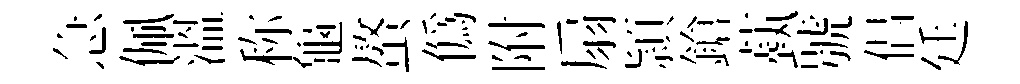
急佩溫称龜螯偽附扇頴鎗蓺號倡廷